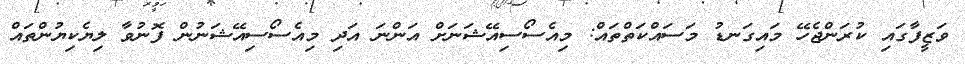
ވަޒީފާގައި ކުރަންޖެހޭ މައިގަނޑު މަސައްކަތްތައް: މިއެސޯސިއޭޝަނަށް އަންނަ އަދި މިއެސޯސިއޭޝަނުން ފޮނުވާ ލިޔެކިޔުންތައް